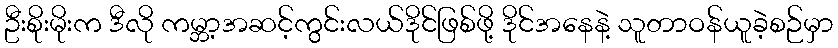
ဦးစိုးမိုးက ဒီလို ကမ္ဘာ့အဆင့်ကွင်းလယ်ဒိုင်ဖြစ်ဖို့ ဒိုင်အနေနဲ့ သူတာဝန်ယူခဲ့စဉ်မှာ